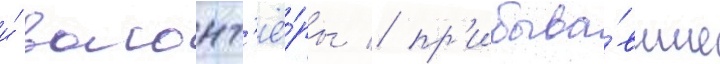
и́ волонт'ё́ры / пр'ибыва́вшие